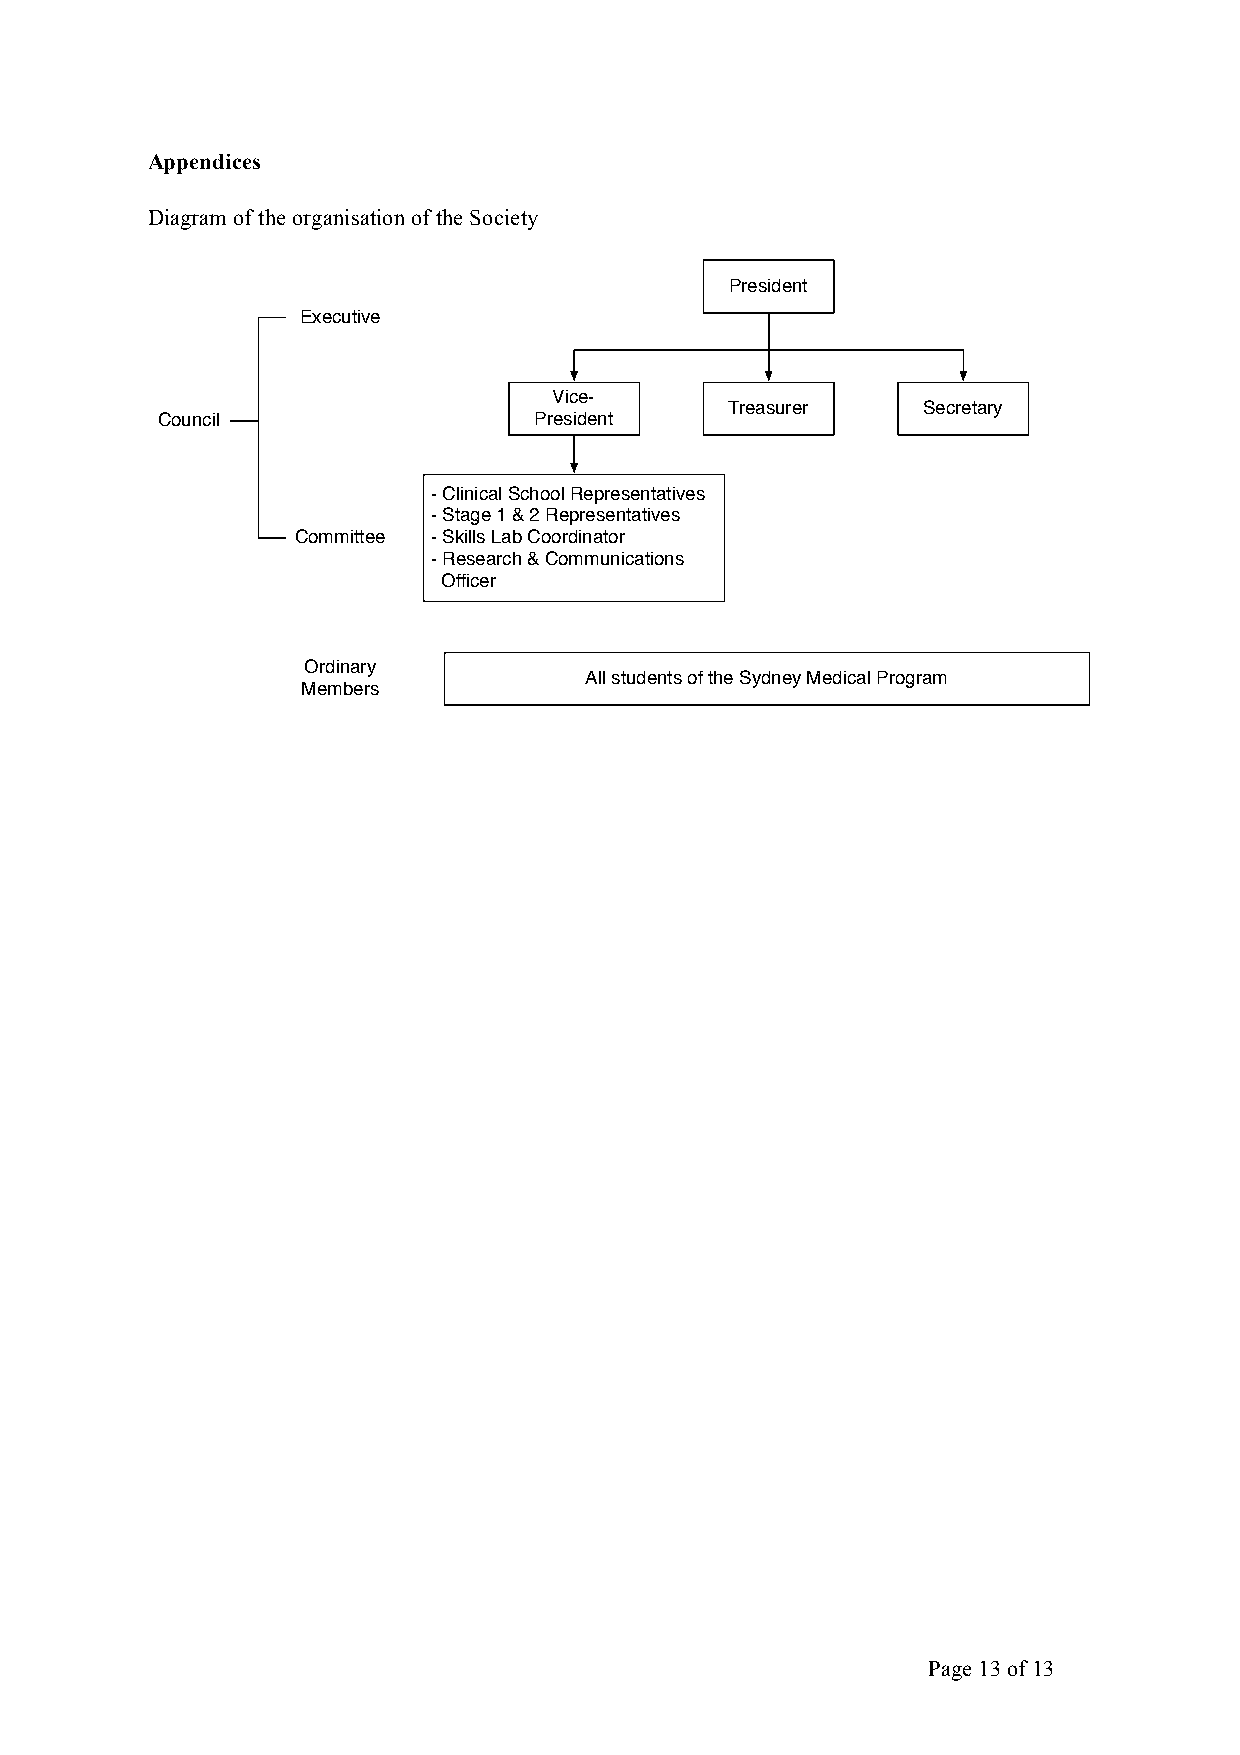
Appendices
 Diagram of the organisation of the Society
 President
 Executive
 Vice-
 Treasurer    Secretary
 Council                  President
 - Clinical School Representatives
 - Stage 1 & 2 Representatives
 Committee - Skills Lab Coordinator
 - Research & Communications
 Officer
 Ordinary
 All students of the Sydney Medical Program
 Members
 Page 13 of 13